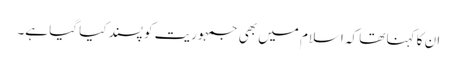
ان کا کہنا تھا کہ اسلام میں بھی جمہوریت کو پسند کیا گیا ہے۔